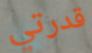
قدرتي